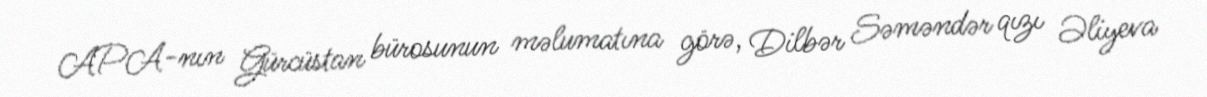
APA-nın Gürcüstan bürosunun məlumatına görə, Dilbər Səməndər qızı Əliyeva